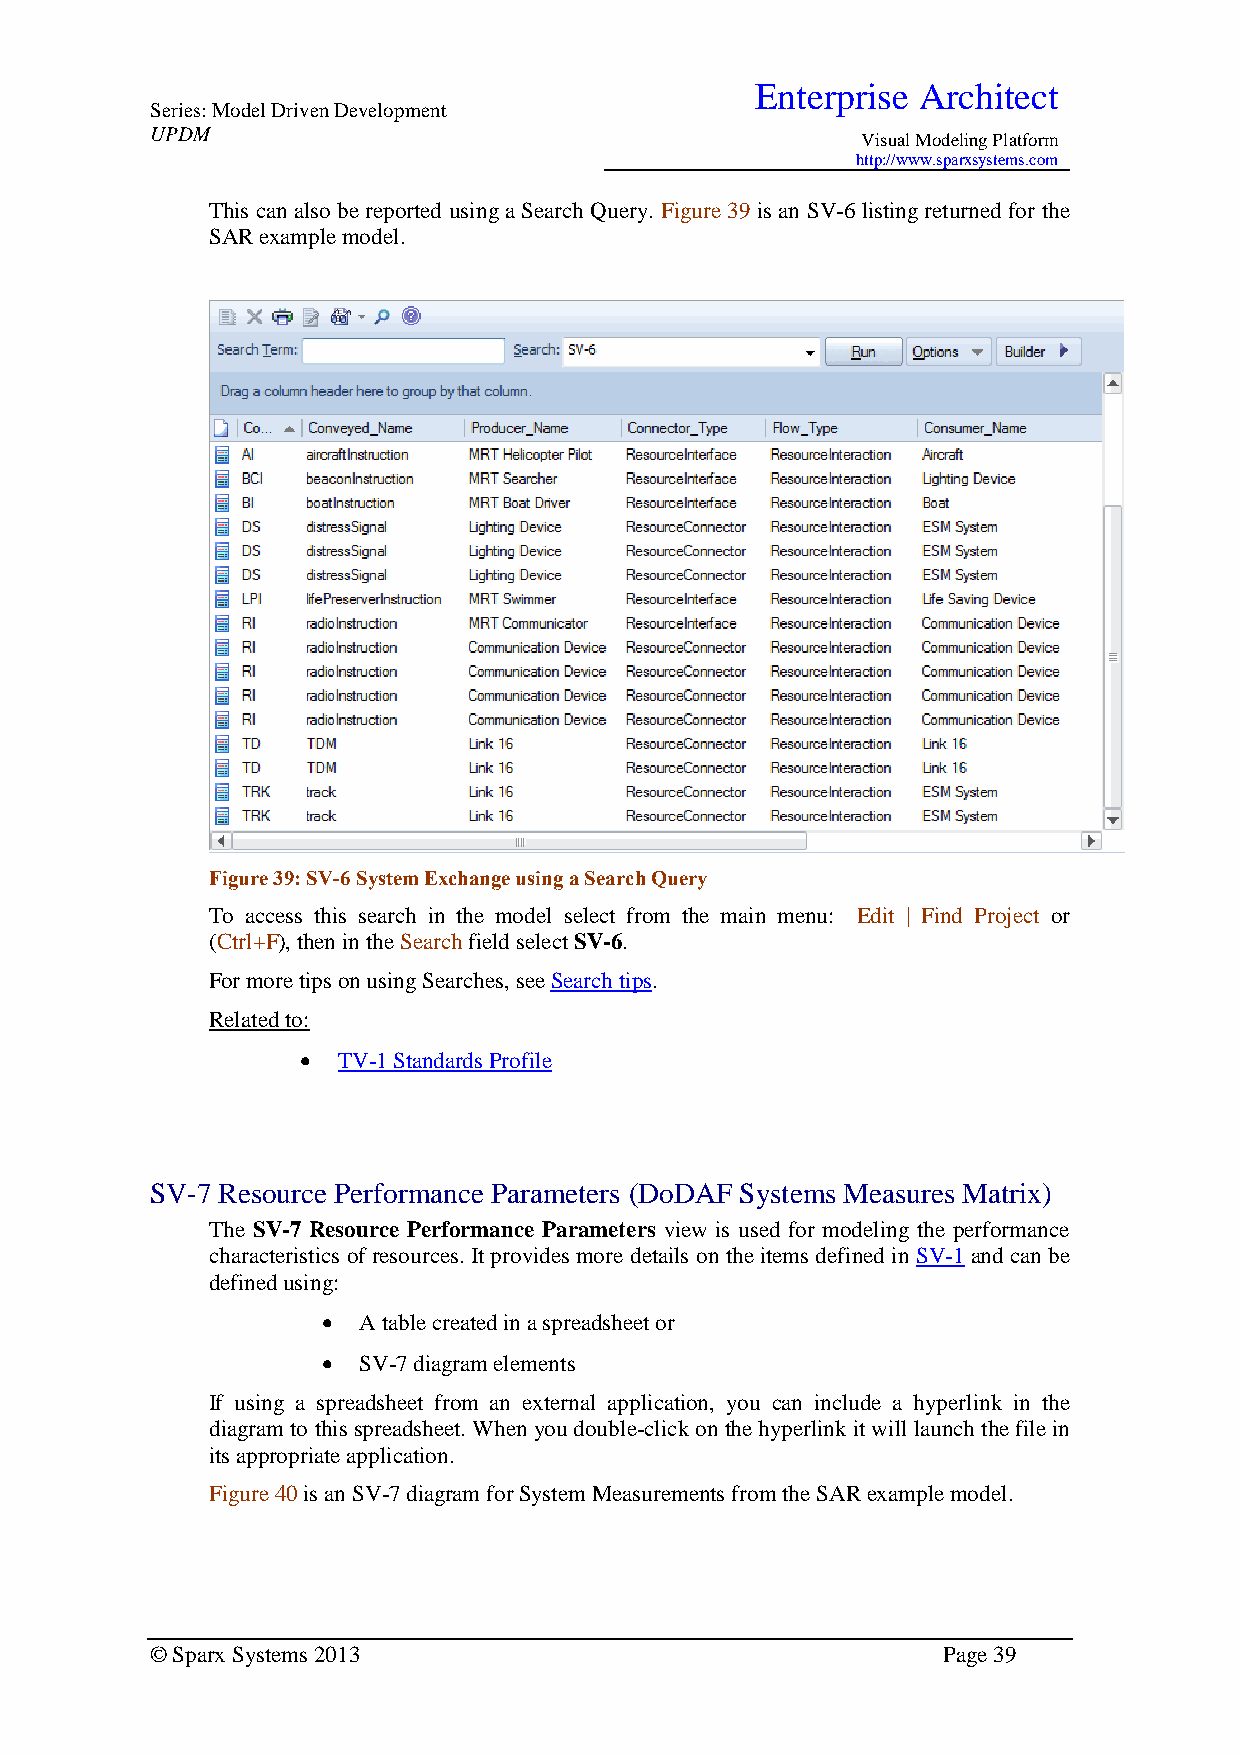
Enterprise Architect
 Series: Model Driven Development
 UPDM
 Visual Modeling Platform
 http://www.sparxsystems.com
 This can also be reported using a Search Query. Figure 39 is an SV-6 listing returned for the
 SAR example model.
 Figure 39: SV-6 System Exchange using a Search Query
 To access this search in the model select from the main menu: Edit | Find Project or
 (Ctrl+F), then in the Search field select SV-6.
 For more tips on using Searches, see Search tips.
 Related to:
  TV-1 Standards Profile
 SV-7 Resource Performance Parameters (DoDAF Systems Measures Matrix)
 The SV-7 Resource Performance Parameters view is used for modeling the performance
 characteristics of resources. It provides more details on the items defined in SV-1 and can be
 defined using:
   A table created in a spreadsheet or
   SV-7 diagram elements
 If using a spreadsheet from an external application, you can include a hyperlink in the
 diagram to this spreadsheet. When you double-click on the hyperlink it will launch the file in
 its appropriate application.
 Figure 40 is an SV-7 diagram for System Measurements from the SAR example model.
 © Sparx Systems 2013                                Page 39